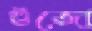
গুঁজো